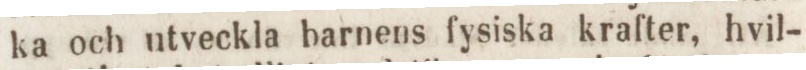
ka och utveckla barnens fysiska krafter, hvil-